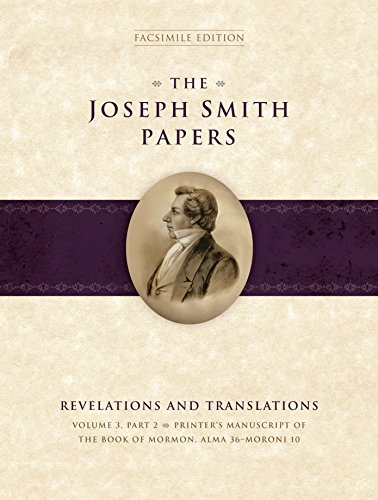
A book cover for The Joseph Smith Papers: Revelations and Translations, Volume 3 Part 2; Royal Skousen; Christian Books & Bibles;